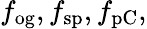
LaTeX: f_{\mathrm{og}},f_{\mathrm{sp}},f_{\mathrm{pC}},